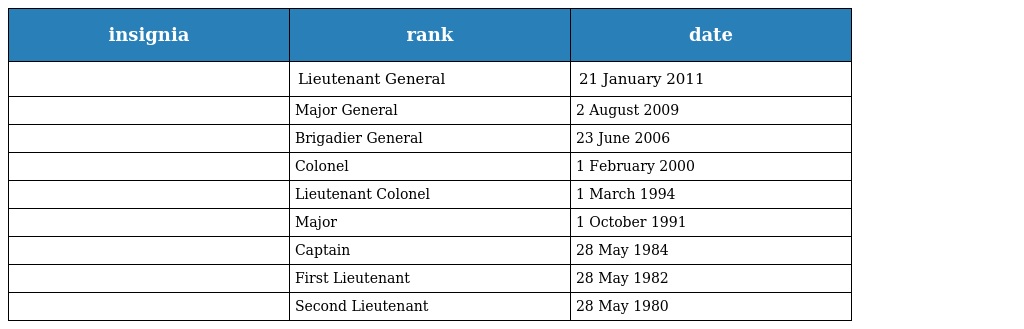
| insignia | rank | date |
 | --- | --- | --- |
 |  | Lieutenant General | 21 January 2011 |
 |  | Major General | 2 August 2009 |
 |  | Brigadier General | 23 June 2006 |
 |  | Colonel | 1 February 2000 |
 |  | Lieutenant Colonel | 1 March 1994 |
 |  | Major | 1 October 1991 |
 |  | Captain | 28 May 1984 |
 |  | First Lieutenant | 28 May 1982 |
 |  | Second Lieutenant | 28 May 1980 |